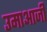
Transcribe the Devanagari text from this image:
उमाआजी